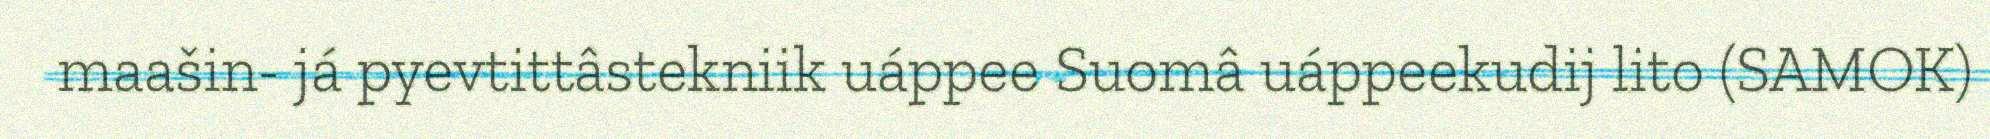
maašin- já pyevtittâstekniik uáppee Suomâ uáppeekudij lito (SAMOK)